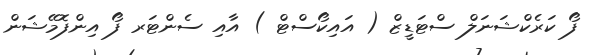
ފޯ ކަރެކްޝަނަލް ސްޓަޑީޒް ( އައިކޯސްޓް ) އާއި ސެންޓަރ ފޯ އިންފޮމޭޝަން